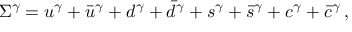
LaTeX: \Sigma ^ { \gamma } = u ^ { \gamma } + \bar { u } ^ { \gamma } + d ^ { \gamma } + \bar { d } ^ { \gamma } + s ^ { \gamma } + \bar { s } ^ { \gamma } + c ^ { \gamma } + \bar { c } ^ { \gamma } \, ,